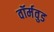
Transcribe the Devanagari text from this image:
वॉर्मवुड